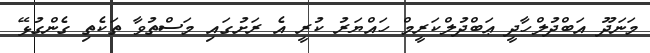
މަނަދޫ އަބްދުލްހާދީ ޢަބްދުލްކަރީމް ހައްޔަރު ކުރީ އެ ރަށުގައި މަސްތުވާ ތަކެތި ގެންގުޅޭ